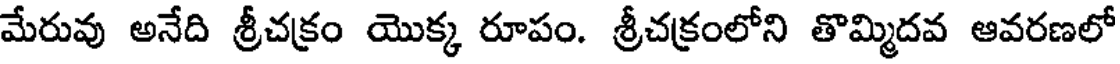
మేరువు అనేది శ్రీచక్రం యొక్క రూపం. శ్రీచక్రంలోని తొమ్మిదవ ఆవరణలో